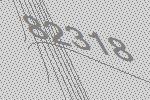
82318